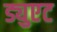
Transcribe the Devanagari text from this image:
ड्युएट